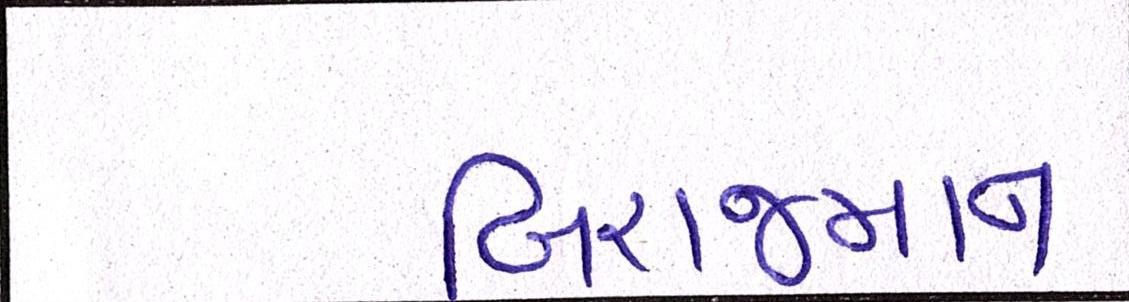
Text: બિરાજમાન